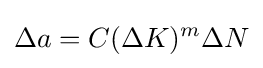
\Delta a=C(\Delta K)^{m}\Delta N